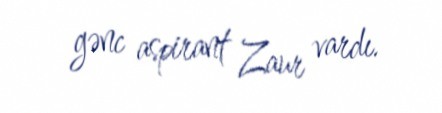
gənc aspirant Zaur vardı.